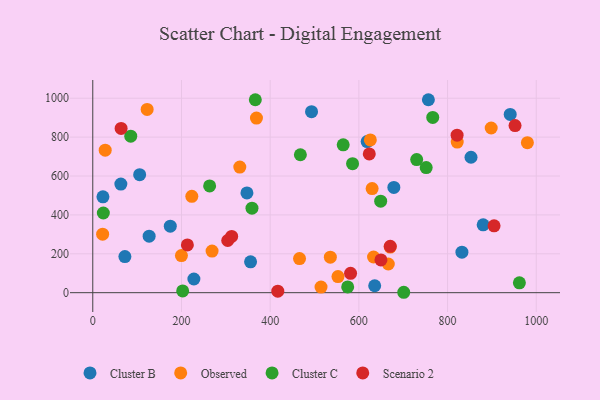
{"axis": {"x": "Distance", "y": "Exam Score"}, "legend": ["Cluster B", "Cluster C", "Observed", "Scenario 2"], "data": [{"x": "22.9", "y": 493.1, "type": "Cluster B"}, {"x": "174.8", "y": 341.8, "type": "Cluster B"}, {"x": "493.3", "y": 931.1, "type": "Cluster B"}, {"x": "72.4", "y": 185.5, "type": "Cluster B"}, {"x": "635.7", "y": 35.6, "type": "Cluster B"}, {"x": "347.6", "y": 513.1, "type": "Cluster B"}, {"x": "618.7", "y": 777.3, "type": "Cluster B"}, {"x": "678.9", "y": 541.2, "type": "Cluster B"}, {"x": "127.1", "y": 290.7, "type": "Cluster B"}, {"x": "832.4", "y": 208.3, "type": "Cluster B"}, {"x": "941.3", "y": 916.5, "type": "Cluster B"}, {"x": "63.3", "y": 558.7, "type": "Cluster B"}, {"x": "756.8", "y": 992.3, "type": "Cluster B"}, {"x": "105.7", "y": 606.7, "type": "Cluster B"}, {"x": "228.0", "y": 70.4, "type": "Cluster B"}, {"x": "355.8", "y": 158.9, "type": "Cluster B"}, {"x": "880.3", "y": 349.0, "type": "Cluster B"}, {"x": "852.9", "y": 696.4, "type": "Cluster B"}, {"x": "269.0", "y": 213.9, "type": "Observed"}, {"x": "28.0", "y": 732.9, "type": "Observed"}, {"x": "980.0", "y": 771.2, "type": "Observed"}, {"x": "122.6", "y": 942.5, "type": "Observed"}, {"x": "223.3", "y": 495.5, "type": "Observed"}, {"x": "633.1", "y": 183.5, "type": "Observed"}, {"x": "514.7", "y": 28.9, "type": "Observed"}, {"x": "331.5", "y": 646.1, "type": "Observed"}, {"x": "466.2", "y": 175.6, "type": "Observed"}, {"x": "625.9", "y": 785.6, "type": "Observed"}, {"x": "898.4", "y": 847.0, "type": "Observed"}, {"x": "821.8", "y": 774.5, "type": "Observed"}, {"x": "535.7", "y": 182.5, "type": "Observed"}, {"x": "22.2", "y": 300.7, "type": "Observed"}, {"x": "629.9", "y": 535.6, "type": "Observed"}, {"x": "369.1", "y": 897.7, "type": "Observed"}, {"x": "199.9", "y": 190.9, "type": "Observed"}, {"x": "666.4", "y": 147.4, "type": "Observed"}, {"x": "670.7", "y": 234.3, "type": "Observed"}, {"x": "552.9", "y": 82.9, "type": "Observed"}, {"x": "574.8", "y": 29.6, "type": "Cluster C"}, {"x": "359.0", "y": 434.8, "type": "Cluster C"}, {"x": "649.2", "y": 470.7, "type": "Cluster C"}, {"x": "962.0", "y": 50.7, "type": "Cluster C"}, {"x": "23.8", "y": 409.8, "type": "Cluster C"}, {"x": "701.2", "y": 2.1, "type": "Cluster C"}, {"x": "730.4", "y": 684.4, "type": "Cluster C"}, {"x": "564.7", "y": 760.2, "type": "Cluster C"}, {"x": "263.5", "y": 548.9, "type": "Cluster C"}, {"x": "202.7", "y": 8.8, "type": "Cluster C"}, {"x": "468.1", "y": 709.4, "type": "Cluster C"}, {"x": "85.6", "y": 804.9, "type": "Cluster C"}, {"x": "766.6", "y": 901.3, "type": "Cluster C"}, {"x": "366.5", "y": 992.3, "type": "Cluster C"}, {"x": "751.8", "y": 643.3, "type": "Cluster C"}, {"x": "585.8", "y": 663.4, "type": "Cluster C"}, {"x": "821.5", "y": 810.2, "type": "Scenario 2"}, {"x": "952.2", "y": 859.6, "type": "Scenario 2"}, {"x": "670.8", "y": 238.3, "type": "Scenario 2"}, {"x": "304.3", "y": 268.4, "type": "Scenario 2"}, {"x": "63.9", "y": 844.6, "type": "Scenario 2"}, {"x": "581.3", "y": 99.5, "type": "Scenario 2"}, {"x": "649.8", "y": 168.5, "type": "Scenario 2"}, {"x": "313.2", "y": 289.3, "type": "Scenario 2"}, {"x": "417.2", "y": 7.6, "type": "Scenario 2"}, {"x": "623.5", "y": 713.4, "type": "Scenario 2"}, {"x": "213.3", "y": 245.5, "type": "Scenario 2"}, {"x": "904.9", "y": 343.8, "type": "Scenario 2"}]}